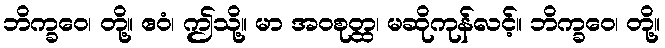
ဘိက္ခဝေ၊ တို့။ ဧဝံ၊ ဤသို့။ မာ အဝစုတ္ထ၊ မဆိုကုန်လင့်။ ဘိက္ခဝေ၊ တို့။